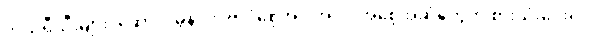
ဘယ်ရီသီးများ၊ ဆော်လမွန်ငါး ၊ဗာဒံစေ့အပါအဝင် အစေ့အဆံတွေကို စားသုံးပေးရင်